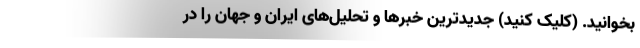
بخوانید. (کلیک کنید) جدیدترین خبرها و تحلیل‌های ایران و جهان را در